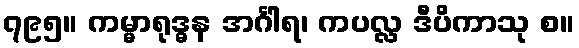
၇၉၅။ ကမ္မာရုဒ္ဓန အင်္ဂါရ၊ ကပလ္လ ဒီပိကာသု စ။